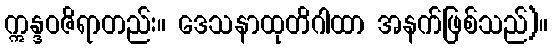
ဣန္ဒဝဇိရာတည်း။ ဒေသနာထုတိဂါထာ အနက်ဖြစ်သည်)။